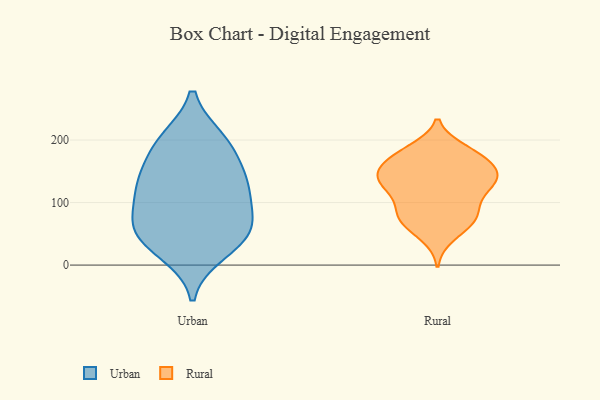
{"axis": {"x": "Page Views", "y": "Value"}, "legend": ["Rural", "Urban"], "data": [{"x": "", "y": 64, "type": "Urban"}, {"x": "", "y": 21, "type": "Urban"}, {"x": "", "y": 46, "type": "Urban"}, {"x": "", "y": 200, "type": "Urban"}, {"x": "", "y": 123, "type": "Urban"}, {"x": "", "y": 135, "type": "Urban"}, {"x": "", "y": 198, "type": "Urban"}, {"x": "", "y": 183, "type": "Urban"}, {"x": "", "y": 78, "type": "Urban"}, {"x": "", "y": 64, "type": "Urban"}, {"x": "", "y": 40, "type": "Urban"}, {"x": "", "y": 124, "type": "Urban"}, {"x": "", "y": 133, "type": "Urban"}, {"x": "", "y": 117, "type": "Rural"}, {"x": "", "y": 180, "type": "Rural"}, {"x": "", "y": 131, "type": "Rural"}, {"x": "", "y": 170, "type": "Rural"}, {"x": "", "y": 128, "type": "Rural"}, {"x": "", "y": 90, "type": "Rural"}, {"x": "", "y": 135, "type": "Rural"}, {"x": "", "y": 167, "type": "Rural"}, {"x": "", "y": 143, "type": "Rural"}, {"x": "", "y": 103, "type": "Rural"}, {"x": "", "y": 142, "type": "Rural"}, {"x": "", "y": 69, "type": "Rural"}, {"x": "", "y": 175, "type": "Rural"}, {"x": "", "y": 184, "type": "Rural"}, {"x": "", "y": 75, "type": "Rural"}, {"x": "", "y": 46, "type": "Rural"}, {"x": "", "y": 147, "type": "Rural"}, {"x": "", "y": 144, "type": "Rural"}, {"x": "", "y": 74, "type": "Rural"}, {"x": "", "y": 73, "type": "Rural"}]}